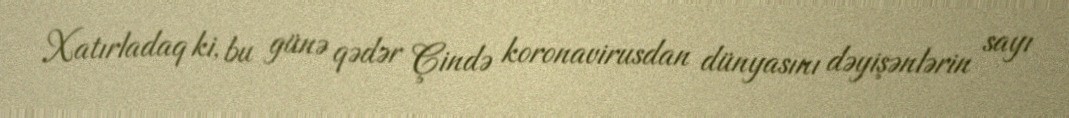
Xatırladaq ki, bu günə qədər Çində koronavirusdan dünyasını dəyişənlərin sayı